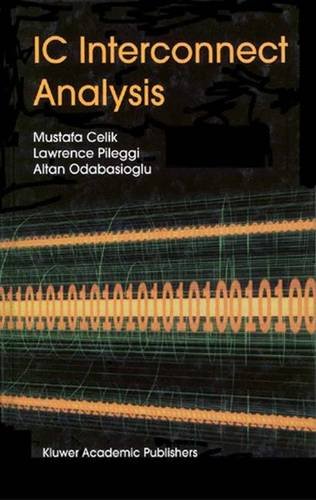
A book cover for IC Interconnect Analysis; Mustafa Celik; Computers & Technology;